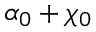
\alpha _ { 0 } + \chi _ { 0 }